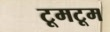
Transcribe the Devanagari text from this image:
टूमटूम